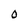
Character: 0